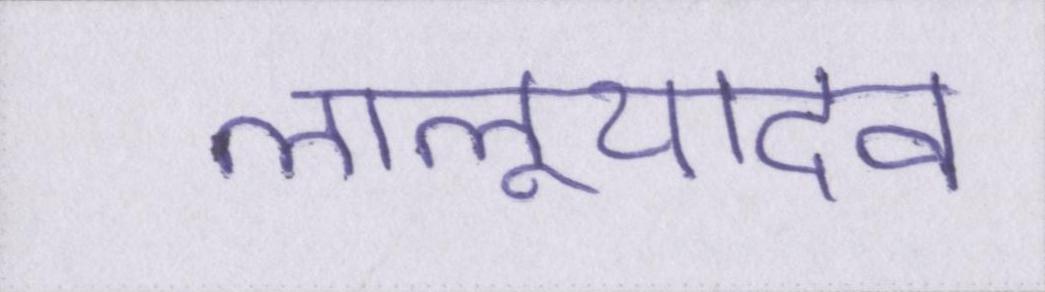
लालूयादव